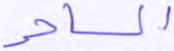
الساحر